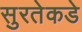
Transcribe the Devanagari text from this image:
सुरतेकडे